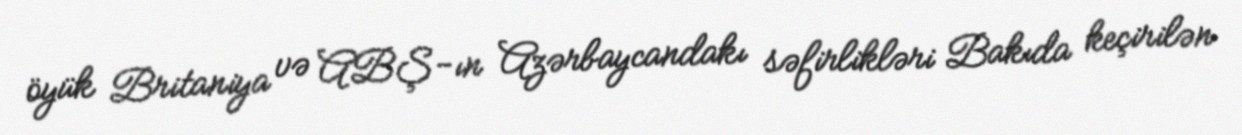
öyük Britaniya və ABŞ-ın Azərbaycandakı səfirlikləri Bakıda keçirilən